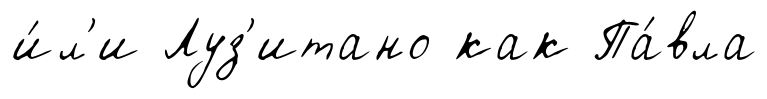
и́л'и Луз'итано как Па́вла